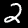
Digit: 2